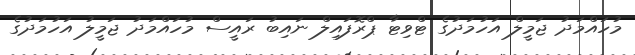
މުހައްމަދު ޖަމީލް އަހުމަދުގެ ޓްވިޓާ ޕްރޮފައިލް ނައިބު ރައީސް މުހައްމަދު ޖަމީލު އަހުމަދުގެ